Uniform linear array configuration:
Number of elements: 24
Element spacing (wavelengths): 0.25
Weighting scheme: uniform
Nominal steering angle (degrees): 45
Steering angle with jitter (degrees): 46.11
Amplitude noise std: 0.05
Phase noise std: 0.05

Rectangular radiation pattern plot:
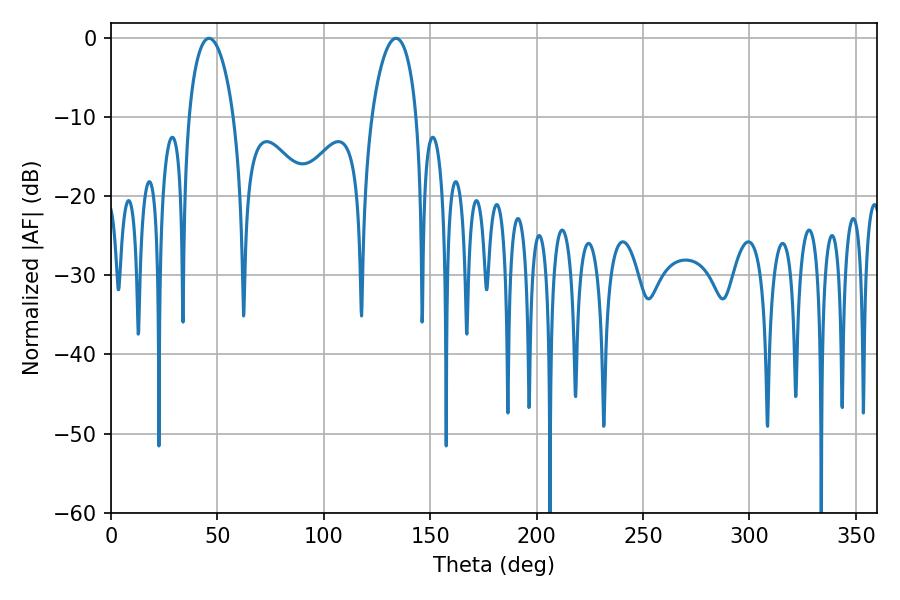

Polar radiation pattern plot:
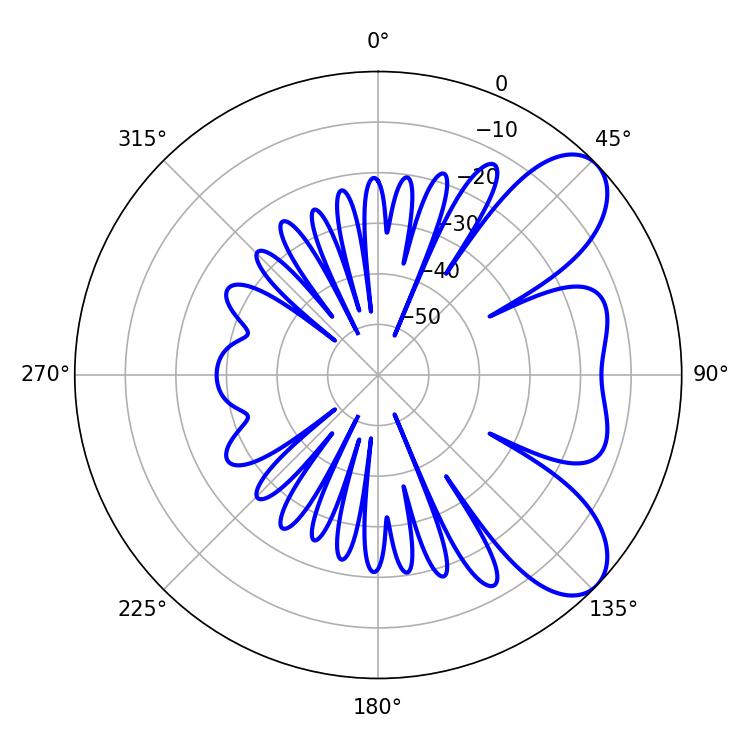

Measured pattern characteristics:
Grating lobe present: FALSE
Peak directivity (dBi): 7.554
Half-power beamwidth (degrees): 12.06
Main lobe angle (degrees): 46.08